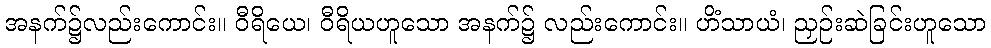
အနက်၌လည်းကောင်း။ ဝီရိယေ၊ ဝီရိယဟူသော အနက်၌ လည်းကောင်း။ ဟိံသာယံ၊ ညှဉ်းဆဲခြင်းဟူသော